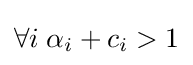
\forall i\;\alpha _{i}+c_{i}>1